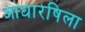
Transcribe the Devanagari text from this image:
आधारषिला